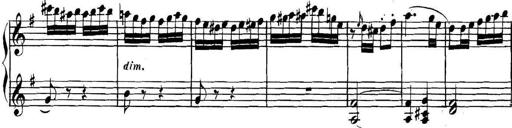
Title: Collected Piano Sonatas
Composer: Muzio Clementi